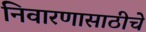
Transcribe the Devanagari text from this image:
निवारणासाठीचे